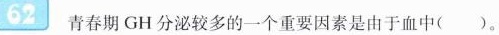
62 青春期GH分泌较多的一个重要因素是由于血中()。